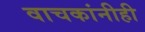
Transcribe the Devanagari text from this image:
वाचकांनीही